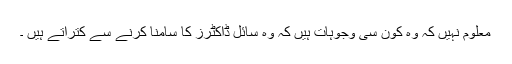
معلوم نہیں کہ وہ کون سی وجوہات ہیں کہ وہ سائل ڈاکٹرز کا سامنا کرنے سے کتراتے ہیں ۔